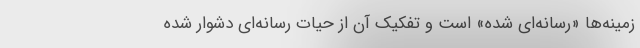
زمینه‌ها «رسانه‌ای شده» است و تفکیک آن از حیات رسانه‌ای دشوار شده